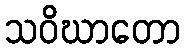
သဝိဃာတော